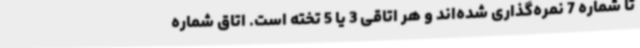
تا شماره 7 نمره‌گذاری شده‌اند و هر اتاقی 3 یا 5 تخته است. اتاق شماره